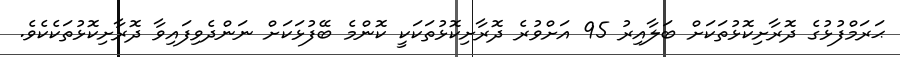
ޙަރަމްފުޅުގެ ދޮރާށިކޮޅުތަކަށް ބަލާއިރު 95 އަށްވުރެ ދޮރާށިކޮޅުތަކަކީ ކޮންމެ ބޭފުޅަކަށް ނަންދެވިފައިވާ ދޮރާށިކޮޅުތަކެކެވެ.